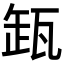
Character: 𬎩